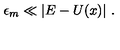
\epsilon _ { m } \ll \vert E - U ( x ) \vert \ .